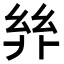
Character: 𢇅